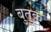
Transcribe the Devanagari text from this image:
बुतुक